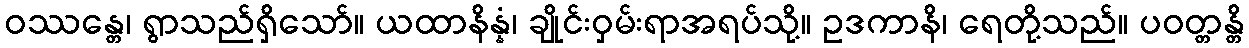
ဝဿန္တေ၊ ရွာသည်ရှိသော်။ ယထာနိန္နံ၊ ချိုင်းဝှမ်းရာအရပ်သို့။ ဥဒကာနိ၊ ရေတို့သည်။ ပဝတ္တန္တိ